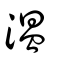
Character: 溫